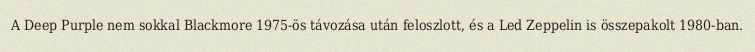
A Deep Purple nem sokkal Blackmore 1975-ös távozása után feloszlott, és a Led Zeppelin is összepakolt 1980-ban.